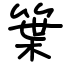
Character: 䈎